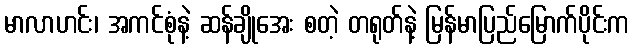
မာလာဟင်း၊ အကင်စုံနဲ့ ဆန်ချိုအေး စတဲ့ တရုတ်နဲ့ မြန်မာပြည်မြောက်ပိုင်းက